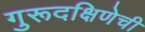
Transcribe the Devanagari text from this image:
गुरूदक्षिणेची